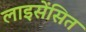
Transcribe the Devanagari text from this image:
लाइसेंसित